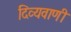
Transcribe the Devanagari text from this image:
दिव्यवाणी